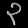
Digit: ၃